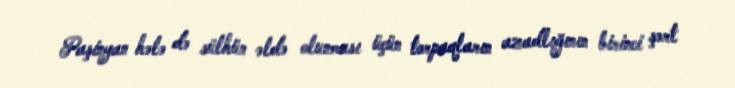
Paşinyan hələ də sülhün əldə olunması üçün torpaqların azadlığının birinci şərt